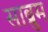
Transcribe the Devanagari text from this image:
साब्रुम